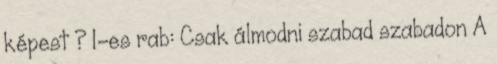
képest ? 1-es rab: Csak álmodni szabad szabadon A